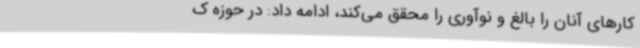
کارهای آنان را بالغ و نوآوری را محقق می‌کند، ادامه داد: در حوزه ک